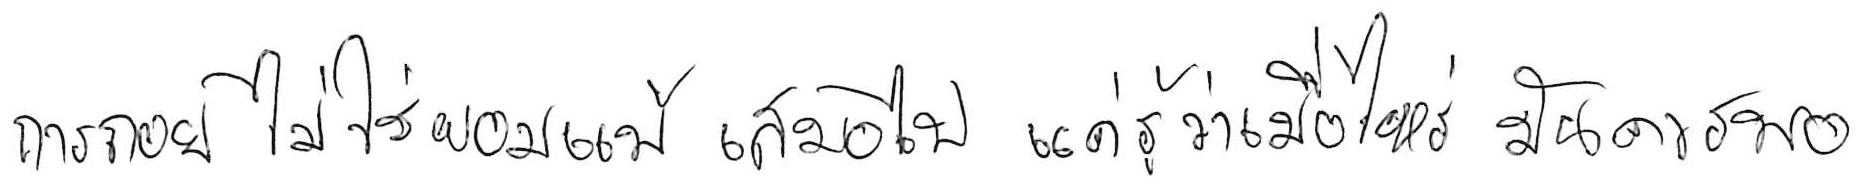
การถอย ไม่ใช่ยอมแพ้ เสมอไป แค่รู้ว่าเมื่อไหร่ มันควรพอ